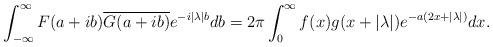
LaTeX: \begin{align*}\int_{-\infty}^\infty F(a+ib)\overline{G(a+ib)}e^{-i|\lambda| b} db = 2\pi \int_0^\infty f(x)g(x+|\lambda|)e^{-a(2x+|\lambda|)} dx.\end{align*}